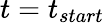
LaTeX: t=t_{start}